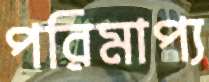
পরিমাপ্য